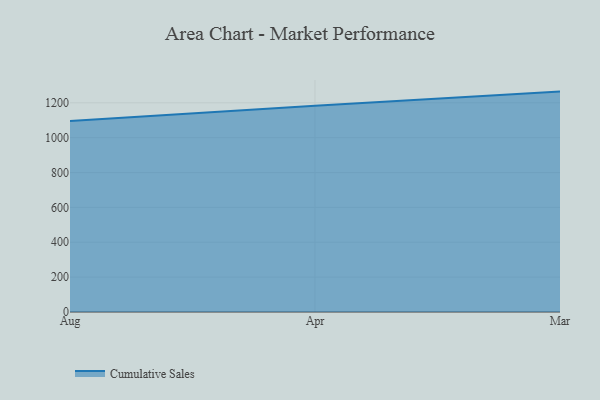
{"axis": {"x": "Month", "y": "Page Views"}, "legend": ["Cumulative Sales"], "data": [{"x": "Aug", "y": 1095.6, "type": "Cumulative Sales"}, {"x": "Apr", "y": 1182.9, "type": "Cumulative Sales"}, {"x": "Mar", "y": 1264.1, "type": "Cumulative Sales"}]}